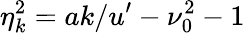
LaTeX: \eta_{k}^{2}=ak/u^{\prime}-\nu_{0}^{2}-1